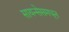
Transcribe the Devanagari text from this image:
सायन्सेसमधून